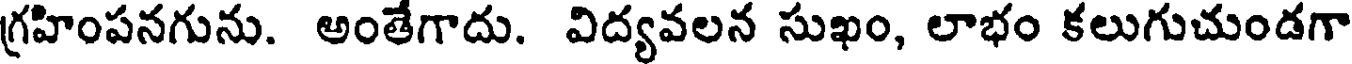
గ్రహింపనగును. అంతేగాదు. విద్యవలన సుఖం, లాభం కలుగుచుండగా